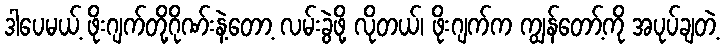
ဒါပေမယ့် ဖိုးဂျက်တို့ဂိုဏ်းနဲ့တော့ လမ်းခွဲဖို့ လိုတယ်၊ ဖိုးဂျက်က ကျွန်တော့်ကို အပုပ်ချတဲ့